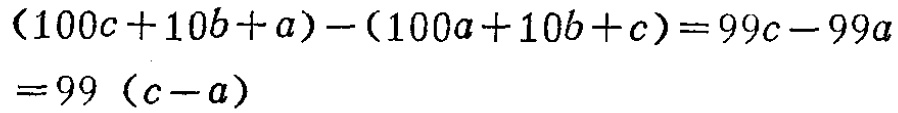
\((100c + 10b + a)-(100a + 10b + c)=99c - 99a=99(c - a)\)